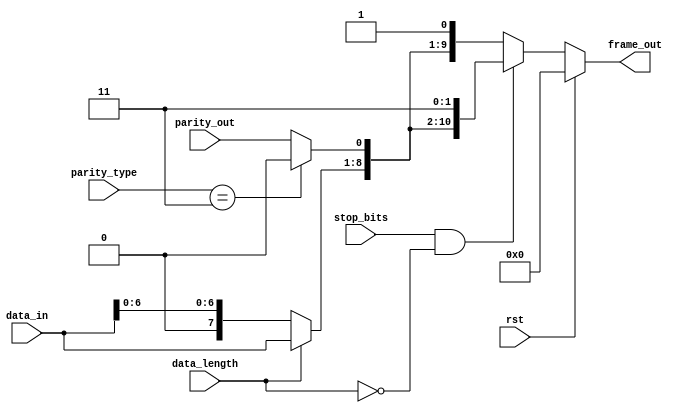
module frame_gen (
    input  wire        rst,
    input  wire [7:0]  data_in,
    input  wire        parity_out,
    input  wire [1:0]  parity_type,
    input  wire        stop_bits,
    input  wire        data_length,
  
    output reg [10:0]  frame_out
);

reg [7:0] data;
reg parity;


always @(*) begin
 if (rst) begin
   frame_out = 11'd0;
 end
 else begin
 data = (data_length) ? data_in [7:0] : data_in [6:0];
 parity = (parity_type== 2'b11) ? 1'b0        : parity_out; 
 
 frame_out = (stop_bits && !data_length)? {1'b0, data , parity , 1'b1, 1'b1 } : {1'b0, data , parity , 1'b1 };
  // Because length of fram 11 bit , there will be conflect in state when data_length = 1 and stop_bits =1 
 
 end  
 end
endmodule